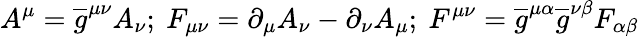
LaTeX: A^{\mu}=\overline{{{g}}}^{\mu\nu}A_{\nu};\ F_{\mu\nu}=\partial_{\mu}A_{\nu}-\partial_{\nu}A_{\mu};\ F^{\mu\nu}=\overline{{{g}}}^{\mu\alpha}\overline{{{g}}}^{\nu\beta}F_{\alpha\beta}